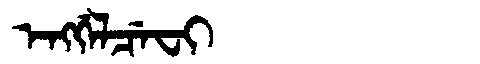
Manchu: ᡝᠩᡤᡝᠯᠴᡝᠸᡳ
Romanization: ENGGELCEFI